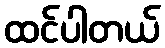
ထင်ပါတယ်